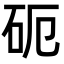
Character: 砈